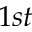
1 { s t }